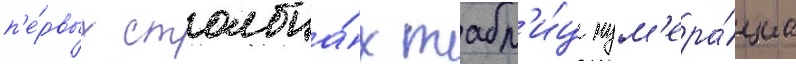
п'е́рвых столбца́х табл'и́ц нум'ера́циа